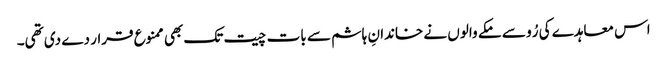
اس معاہدے کی رُو سے مکے والوں نے خاندانِ ہاشم سے بات چیت تک بھی ممنوع قرار دے دی تھی۔